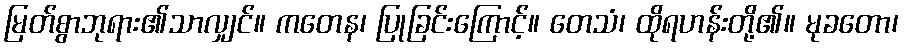
မြတ်စွာဘုရား၏သာလျှင်။ ကတေန၊ ပြုခြင်းကြောင့်။ တေသံ၊ ထိုရဟန်းတို့၏။ မုခတော၊